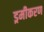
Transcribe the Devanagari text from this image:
ड्रमीकरण